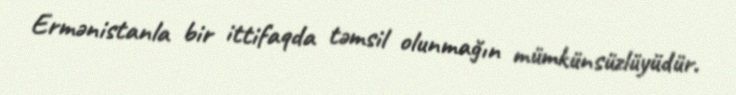
Ermənistanla bir ittifaqda təmsil olunmağın mümkünsüzlüyüdür.